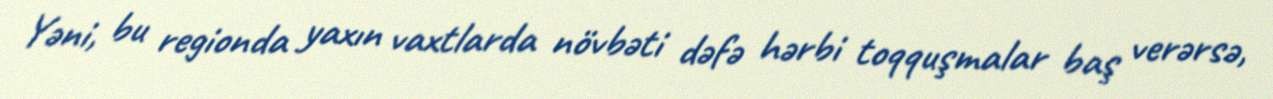
Yəni, bu regionda yaxın vaxtlarda növbəti dəfə hərbi toqquşmalar baş verərsə,